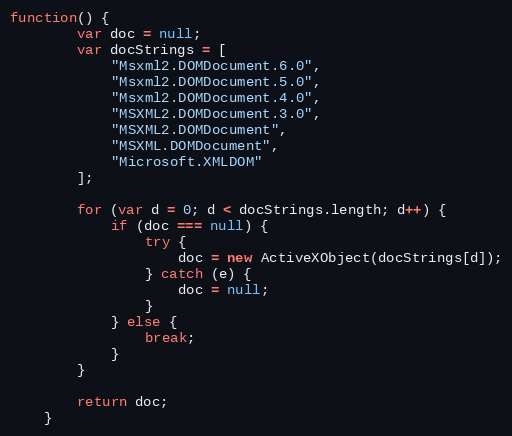
Language: JavaScript
function() {
        var doc = null;
        var docStrings = [
            "Msxml2.DOMDocument.6.0",
            "Msxml2.DOMDocument.5.0",
            "Msxml2.DOMDocument.4.0",
            "MSXML2.DOMDocument.3.0",
            "MSXML2.DOMDocument",
            "MSXML.DOMDocument",
            "Microsoft.XMLDOM"
        ];

        for (var d = 0; d < docStrings.length; d++) {
            if (doc === null) {
                try {
                    doc = new ActiveXObject(docStrings[d]);
                } catch (e) {
                    doc = null;
                }
            } else {
                break;
            }
        }

        return doc;
    }